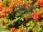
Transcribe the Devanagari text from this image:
मिनोरा